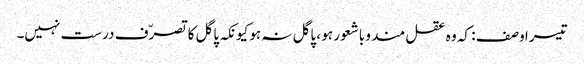
تیسرا وصف : کہ وہ عقل مند و باشعور ہو ، پاگل نہ ہو کیونکہ پاگل کا تصرّف درست نہیں۔